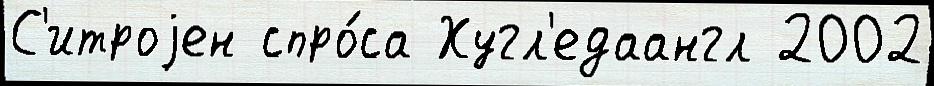
С'итроjен спро́са Хугл'едаангл 2002